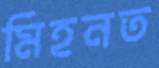
মিহনত